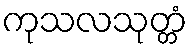
ကုသလသုတ္တံ